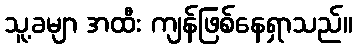
သူ့ခမျာ အထီး ကျန်ဖြစ်နေရှာသည်။